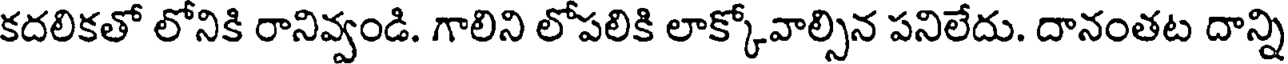
కదలికతో లోనికి రానివ్వండి. గాలిని లోపలికి లాక్కోవాల్సిన పనిలేదు. దానంతట దాన్ని